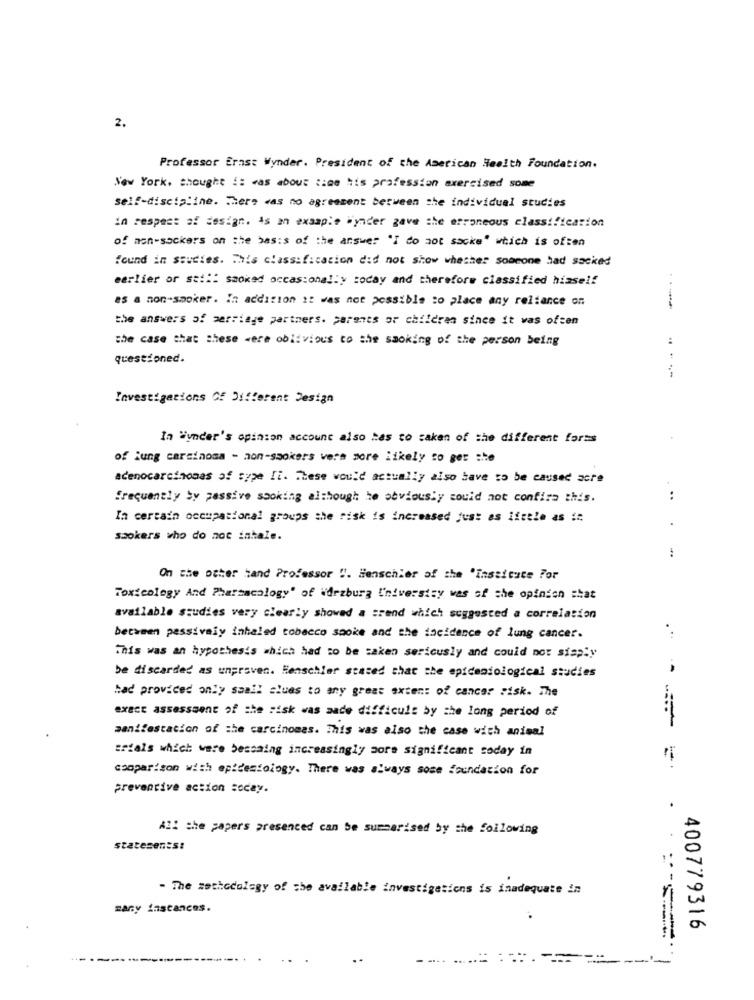
2.
Professor Ernst Wynder. President of the American Health Foundation.
New York. thought !: was about :: 00 his profession exercised some
self-discipline. There was no agreement between the individual studies
in respect of design. is an example "ynder gave the erroneous classification
of non-sockers on the basis of the answer "I do not socke" which is often
found in studies. This classification did not show whether someone had sacked
earlier or sail: smoked occasionally today and therefore classified himself
as a non-smoker. In addition it was not possible to place any reliance on
the answers of perriage partners. parents or children since it was often
the case that these were oblivious to the smoking of the person being
questioned.
Investigations Of Different Design
In "ynder's opinion account also has to saken of the different forms
of lung carcinoma - non-smokers vera more likely to get she
adenocarcinonas of sype Ii. These would actually also have to be caused acre
frequently by passive sooking although he obviously could not confira this.
..
In certain occupational groups the risk is increased just as little as i
.
saokers who do not intale.
On the other hand Professor ". Henschler of the 'Institute For
Toxicology And Pharmacology" of Wirzburg University was of the opinion that
available studies very clearly showed a srend which suggested a correlation
between pessivaiy inhaled tobacco saoke and the incidence of lung cancer.
This was an hypothesis which had to be taken seriously and could not simply
be discarded as unproven. Henschler stated that the epidemiological studies
had provided only saall clues to any great exten: of cancer risk. The
exact assessment of the risk was made difficult by the long period of
manifestation of the carcinomas. This was also the case with animal
trials which were bessaing increasingly more significant soday in
comparison with epidemiology. There was always sose foundation for
preventive action socay.
.
All the papers presenced can be summarised by the following
statesenest
- The methodology of the available investigations is inadequate in
many instances.
400779316